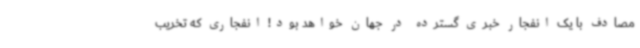
مصادف با یک انفجار خبری گسترده در جهان خواهد بود! انفجاری که تخریب